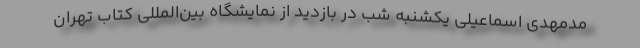
مدمهدی اسماعیلی یکشنبه شب در بازدید از نمایشگاه بین‌المللی کتاب تهران